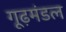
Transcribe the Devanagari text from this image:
गूढ़मंडल